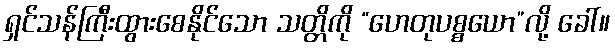
ရှင်သန်ကြီးထွားစေနိုင်သော သတ္တိကို “ဟေတုပစ္စယော”လို့ ခေါ်။